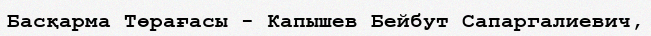
Басқарма Төрағасы - Капышев Бейбут Сапаргалиевич,